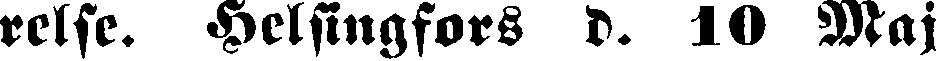
relse. Helsingfors d. 10 Maj